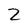
Character: 2